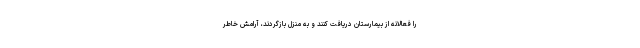
را فعالانه از بیمارستان دریافت کنند و به منزل بازگردند، آرامش خاطر